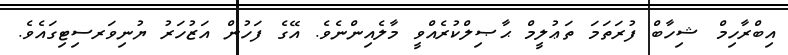
އިބްރާހިމް ޝިހާބް ފުރަތަމަ ތަޢުލީމް ޙާޞިލްކުރެއްވީ މާލެއިންނެވެ. އޭގެ ފަހުން އަޒުހަރު ޔުނިވަރސިޓިގައެވެ.